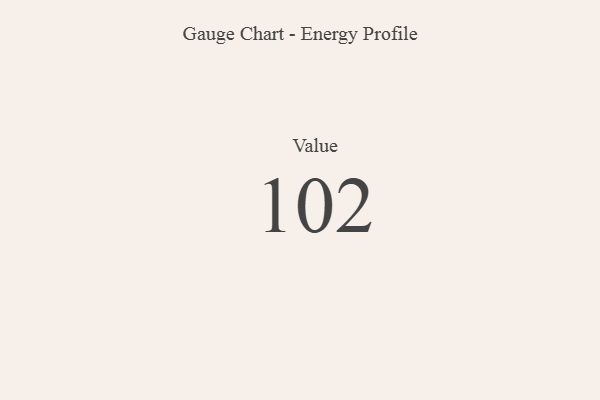
{"axis": {"x": "Metric", "y": "Value"}, "legend": [""], "data": [{"x": "Value", "y": 102, "type": ""}]}